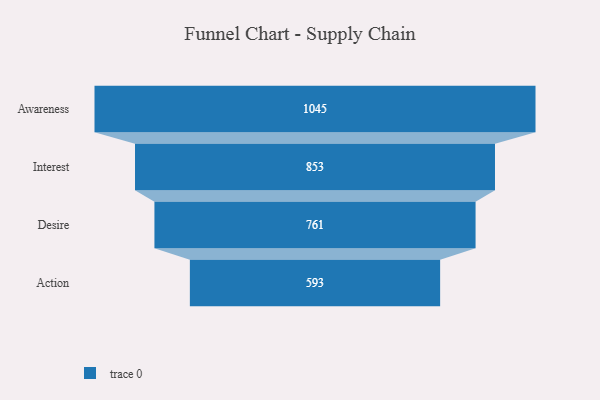
{"axis": {"x": "Stage", "y": "Value"}, "legend": [""], "data": [{"x": "Awareness", "y": 1045.0, "type": ""}, {"x": "Interest", "y": 853.0, "type": ""}, {"x": "Desire", "y": 761.0, "type": ""}, {"x": "Action", "y": 593.0, "type": ""}]}